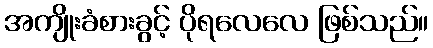
အကျိုးခံစားခွင့် ပိုရလေလေ ဖြစ်သည်။